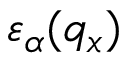
{ { \varepsilon } _ { \alpha } } ( { { q } _ { x } } )